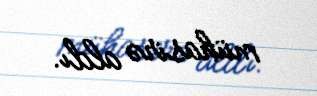
mühasirə aldı.